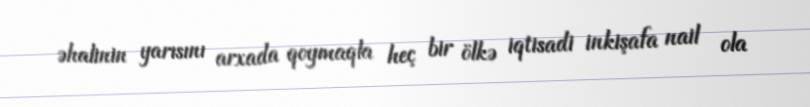
əhalinin yarısını arxada qoymaqla heç bir ölkə iqtisadi inkişafa nail ola